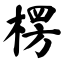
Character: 楞